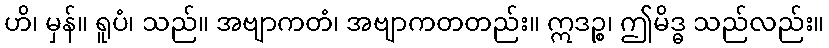
ဟိ၊ မှန်။ ရူပံ၊ သည်။ အဗျာကတံ၊ အဗျာကတတည်း။ ဣဒဉ္စ၊ ဤမိဒ္ဓ သည်လည်း။